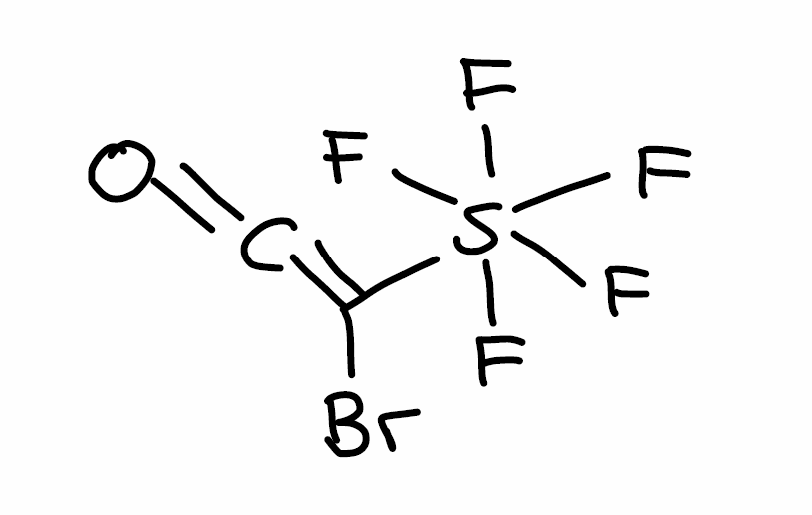
Simplified molecular-input line-entry system (SMILES) notation of the given molecule:
C(=C(S(F)(F)(F)(F)F)Br)=O